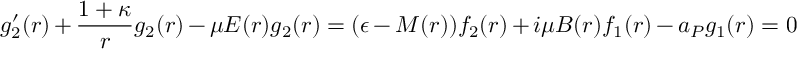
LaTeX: g _ { 2 } ^ { \prime } ( r ) + \frac { 1 + \kappa } { r } g _ { 2 } ( r ) - \mu E ( r ) g _ { 2 } ( r ) = ( \epsilon - M ( r ) ) f _ { 2 } ( r ) + i \mu B ( r ) f _ { 1 } ( r ) - a _ { P } g _ { 1 } ( r ) = 0